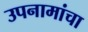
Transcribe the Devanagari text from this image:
उपनामांचा